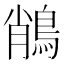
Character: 𪁎